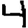
Digit: 4